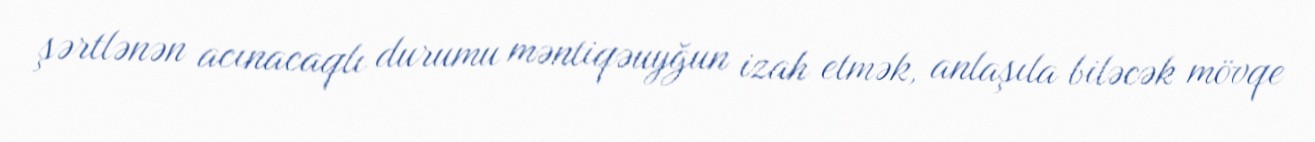
şərtlənən acınacaqlı durumu məntiqəuyğun izah etmək, anlaşıla biləcək mövqe